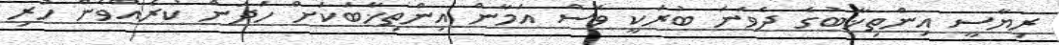
ރިޔާސީ އިންތިޚާބުގެ ދެވަނަ ބުރަކީ ވެސް އަމާން އިންތިޚާބަކަށް ހަދަން ކުރެއްވެން ހުރި